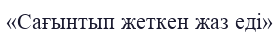
«Сағынтып жеткен жаз еді»